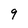
Character: 9